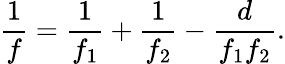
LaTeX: {\frac{1}{f}}={\frac{1}{f_{1}}}+{\frac{1}{f_{2}}}-{\frac{d}{f_{1}f_{2}}}.